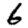
Digit: 6